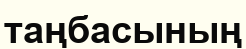
таңбасының